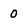
Character: 0